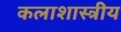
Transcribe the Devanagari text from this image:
कलाशास्त्रीय